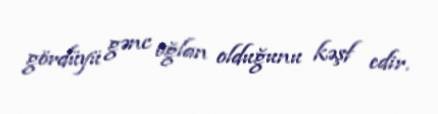
gördüyü gənc oğlan olduğunu kəşf edir.